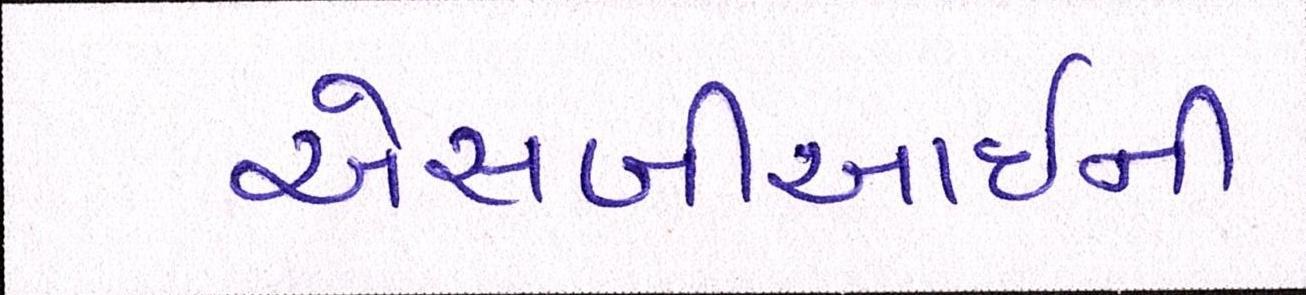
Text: એસબીઆઇની